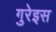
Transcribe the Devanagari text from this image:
गुरेइस